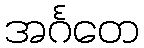
အင်္ဂတေ